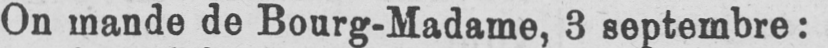
On mande de Bourg-Madame, 3 septembre: